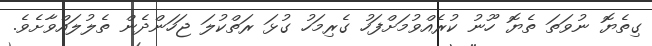
ގިތެޔޮ ނުވަތަ ތެޔޮ ހޫނު ކުރެއްވުމަށްފަހު ގެރިމަހު ގުޅަ ރަތްކުލަ ޖަހަންދެން ތެލުލައްވާށެވެ.